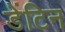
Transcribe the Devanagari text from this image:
डेंटिन